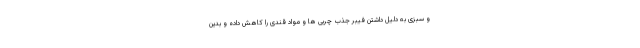
و سبزی به دلیل داشتن فیبر جذب چربی ها و مواد قندی را کاهش داده و بدین